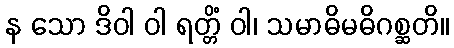
န သော ဒိဝါ ဝါ ရတ္တိံ ဝါ၊ သမာဓိမဓိဂစ္ဆတိ။